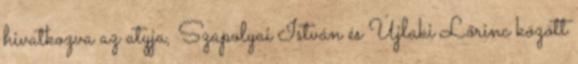
hivatkozva az atyja, Szapolyai István és Újlaki Lőrinc között